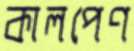
কালপেণ